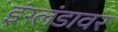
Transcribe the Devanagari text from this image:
इंग्लंडावर